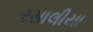
રસાલીયા